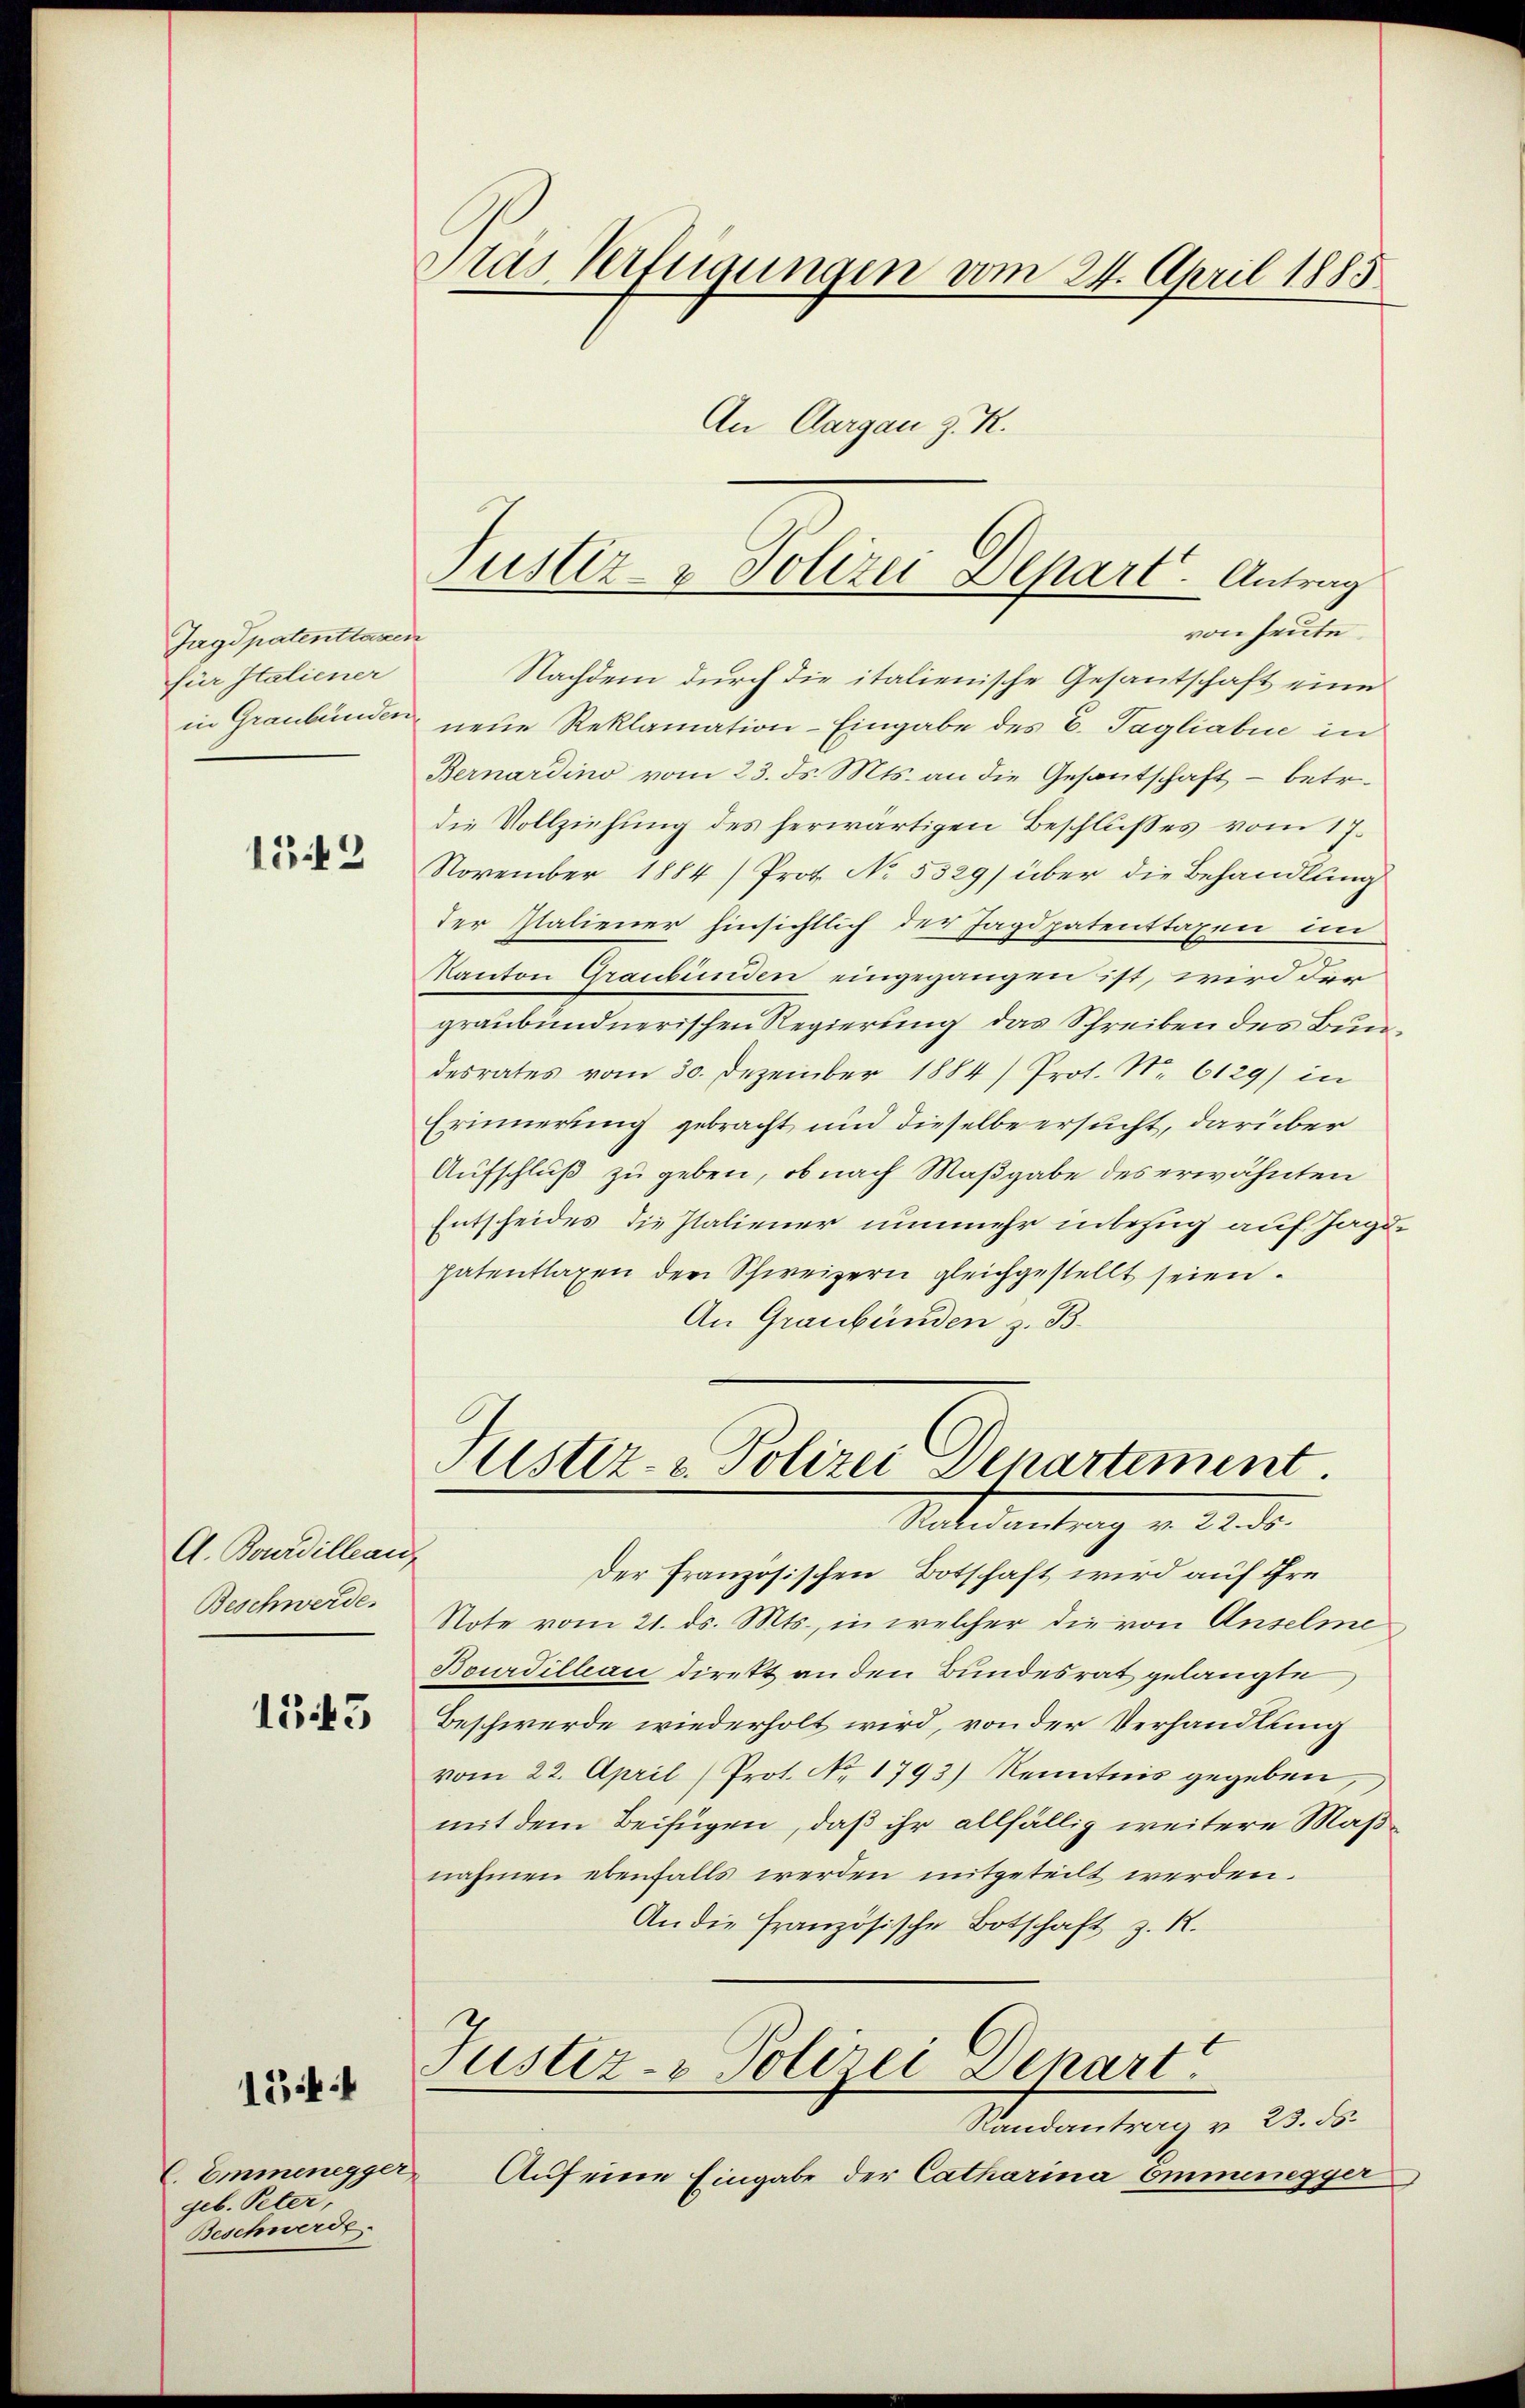
Jagdpatentlagen
für Italiener

152

A. Bourdilleau
Beschwerde.

1543

15:

C. Emmenegger
geb. Peter,
Beschwerde.

Pras Verfügungen vom 24. April 1885
An Aargau z. R.

von heute
Nachdem durch die italienische Gesantschaft eine
in Graubünden neue Reklamation - Eingabe des E. Tagliabue in
Bernardino vom 23. ds. Mts. an die Gesantschaft - betr.
die Vollziehung des herwärtigen Beschlußes vom 17.
November 1884) Prot. No 5529) über die Behandlung
der Staliener hinsichtlich der Jagdpatenttaxen im
Kanton Graubünden eingegangen ist, wird der
graubündnerischen Regierung das Schreiben des Bundesrates vom 30. Dezember 1884) Prot. N. 6129) in
Erinnerung gebracht und dieselbe ersucht, darüber
Aufschluß zu geben, ob nach Maßgabe des erwähnten
Entscheides die Paliener nunmehr inbezug auf Jagdhatentlaxen den Schweizern gleichgestellt seien.
An Graubünden z. B.

Justiz- & Polizei Depart. Antrag

Justiz- & Polizei Departement.
Sateantrag v. Le dr.

Der französischen Botschaft wird auf ihre
Note vom 21. ds. Mts., in welcher die von Anselme
Bourdilleau direkt an den Bundesrat gelangte
Beschwerde wiederholt wird, von der Verhandlung
vom 22. April (Prot. No. 1793) Kenntnis gegeben,
mit dem Beifügen, daß ihr allfällig weitere Maßnahmen ebenfalls werden mitgeteilt werden.
An die französische Botschaft z. R.
Justiz- & Polizei Denart
Randantrag v. 23. ds.
Auf eine Eingabe der Catharina Emmenegger